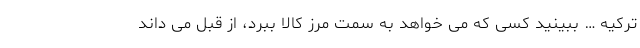
ترکیه … ببینید کسی که می خواهد به سمت مرز کالا ببرد، از قبل می داند